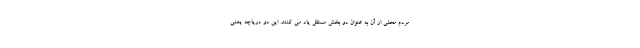
مردم محلی از آن به عنوان دو بخش مستقل یاد می کنند. این دو دریاچه یعنی